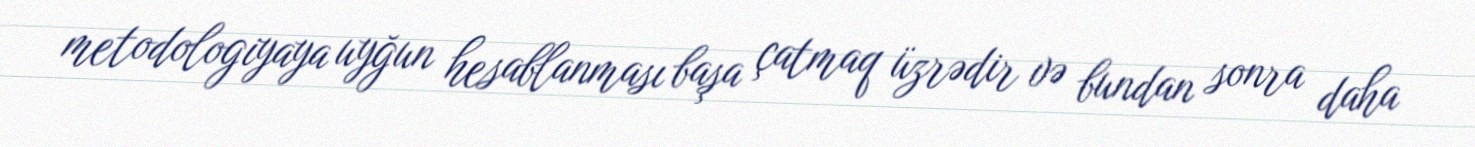
metodologiyaya uyğun hesablanması başa çatmaq üzrədir və bundan sonra daha